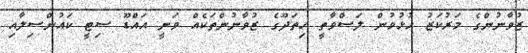
ޒުވާނުންގެ މަރުކަޒު ހުޅުވުން ލަސްވާތީ ހިތަދޫގެ ޒުވާނުންތަކެއް ވަނީ އައްޑޫ ސިޓީ ކައުންސިލާއި